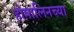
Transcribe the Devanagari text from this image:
होमालिनच्या